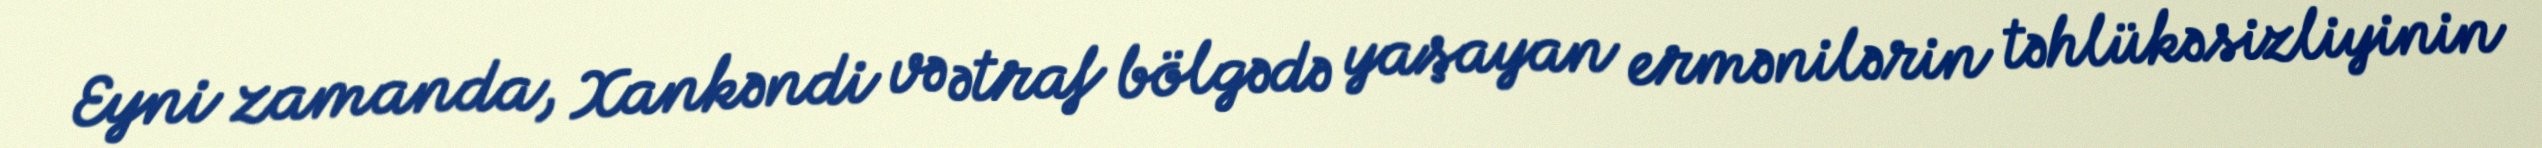
Eyni zamanda, Xankəndi və ətraf bölgədə yaşayan ermənilərin təhlükəsizliyinin